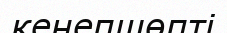
кенепшөпті